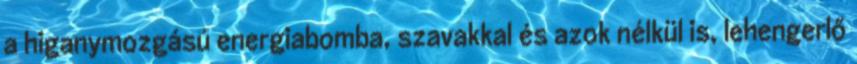
a higanymozgású energiabomba, szavakkal és azok nélkül is, lehengerlő